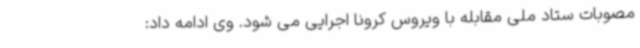
مصوبات ستاد ملی مقابله با ویروس کرونا اجرایی می شود. وی ادامه داد: